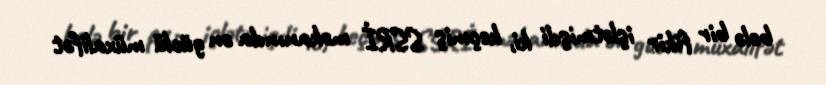
belə bir fikir işlətmişdi ki, keçmiş SSRİ məkanında ən güclü müxalifət